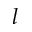
l